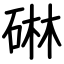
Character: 碄